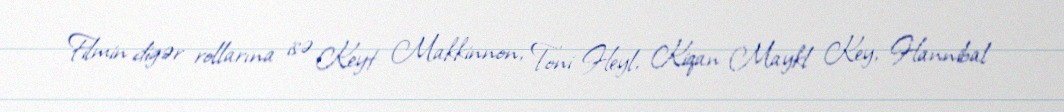
Filmin digər rollarına isə Keyt Makkinnon, Toni Heyl, Kiqan-Maykl Key, Hannibal